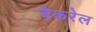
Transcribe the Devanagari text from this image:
बैकरेल